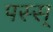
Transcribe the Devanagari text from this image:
पस्स्